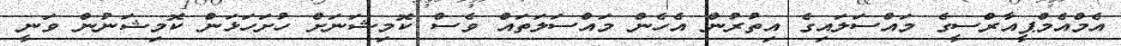
އެމްއެމްޕީއާރްސީގެ މައްސަލައިގެ އިތުރުން އެހެން މައްސަލަތައް ވެސް ކޮމިޝަނަށް ހުށަހަޅަން ކޮމިޝަނުން ވަނީ